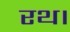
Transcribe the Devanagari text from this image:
रथ।